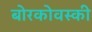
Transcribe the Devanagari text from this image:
बोरकोवस्की